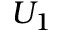
U _ { 1 }